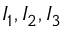
I _ { 1 } , I _ { 2 } , I _ { 3 }